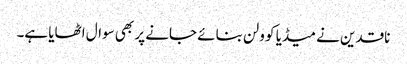
ناقدین نے میڈیا کو ولن بنائے جانے پر بھی سوال اٹھایا ہے۔